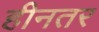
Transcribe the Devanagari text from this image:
हीनतर